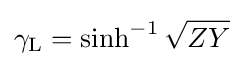
\gamma _{\mathrm {L} }=\sinh ^{-1}{\sqrt {ZY}}